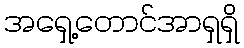
အရှေ့တောင်အာရှရှိ